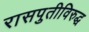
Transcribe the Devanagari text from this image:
रासपुतीविरुद्ध